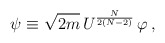
\begin{align*}\psi \equiv \sqrt{2m}\,U^{\frac{N}{2(N-2)}}\,\varphi\, ,\end{align*}